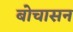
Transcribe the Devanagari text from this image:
बोचासन